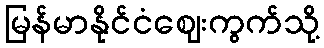
မြန်မာနိုင်ငံဈေးကွက်သို့